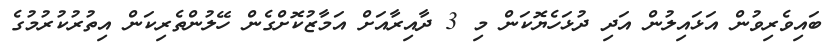
ބައިވެރިވުން އަޅައިލުން އަދި ދުޅަހެޔޮކަން މި 3 ދާއިރާއަށް އަމާޒުކޮށްގެން ހޭލުންތެރިކަން އިތުރުކުރުމުގެ